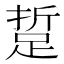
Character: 踅